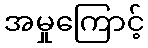
အမှုကြောင့်